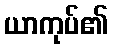
ယာကုပ်၏